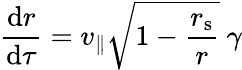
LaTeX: {\frac{\mathrm{{d}}r}{\mathrm{{d}}\tau}}=v_{\parallel}{\sqrt{1-{\frac{r_{\mathrm{{s}}}}{r}}}}\ \gamma